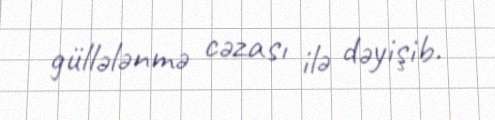
güllələnmə cəzası ilə dəyişib.